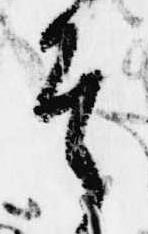
そ